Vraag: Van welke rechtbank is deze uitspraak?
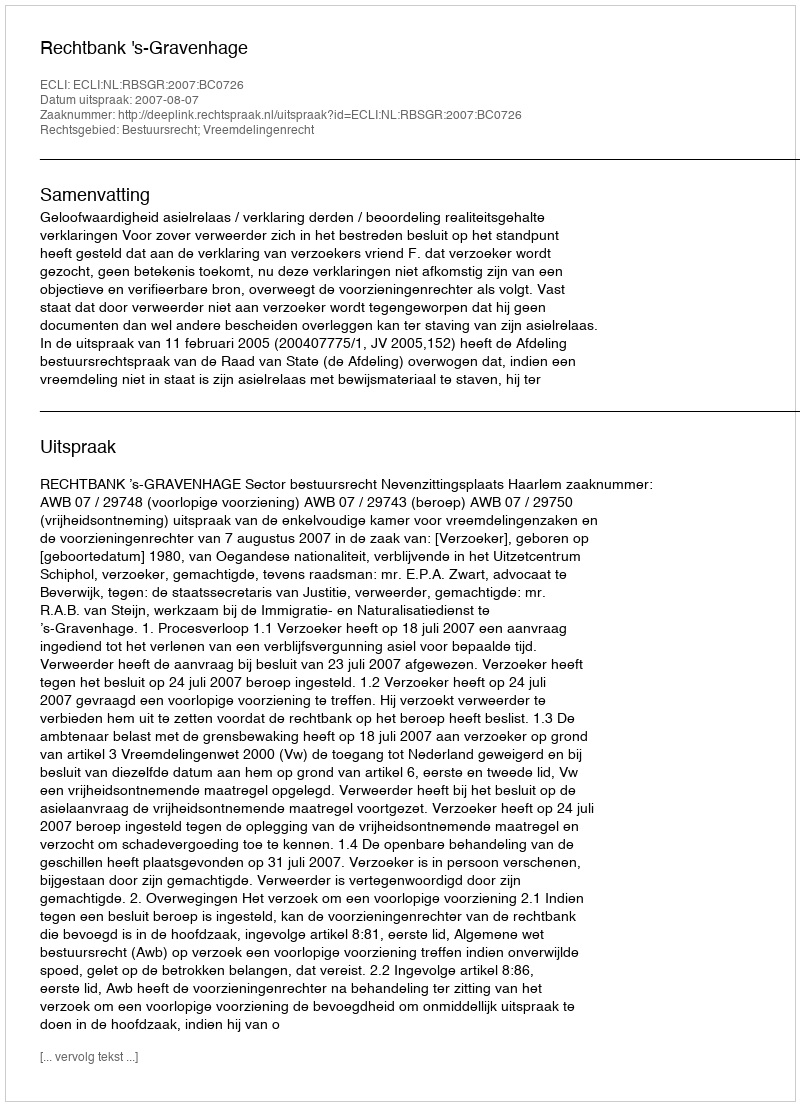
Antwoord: Rechtbank 's-Gravenhage